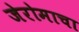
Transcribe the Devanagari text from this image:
जेरोमाचा